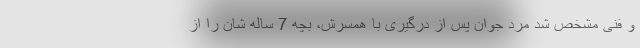
و فنی مشخص شد مرد جوان پس از درگیری با همسرش، بچه 7 ساله شان را از